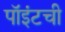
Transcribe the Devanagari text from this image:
पॉइंटची